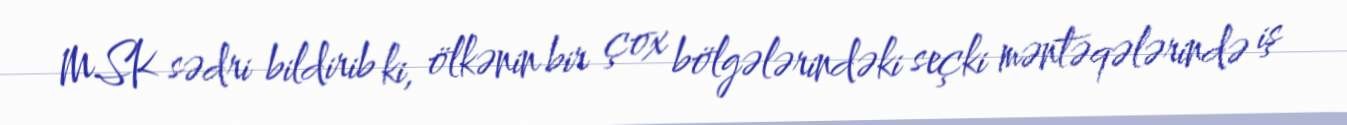
MSK sədri bildirib ki, ölkənin bir çox bölgələrindəki seçki məntəqələrində iş